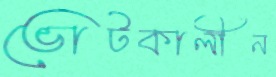
ভোটকালীন